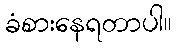
ခံစားနေရတာပါ။